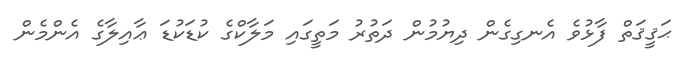
ޙަޤީޤަތް ފާޅުވެ އެނގިގެން ދިޔުމުން ދަތުރު މަތީގައި މަލާކްގެ ކުޑަކުޑަ ޢާއިލާގެ އެންމެން